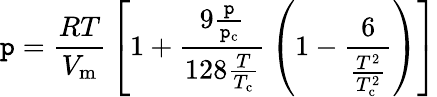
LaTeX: \mathtt{p}={\frac{{RT}}{{V_{\mathrm{{m}}}}}}\left[1+{\frac{{9{\frac{{\mathtt{p}}}{{\mathtt{p}_{\mathrm{{c}}}}}}}}{{128{\frac{{T}}{{T_{\mathrm{{c}}}}}}}}}\left(1-{\frac{{6}}{{\frac{{T^{2}}}{{T_{\mathrm{{c}}}^{2}}}}}}\right)\right]